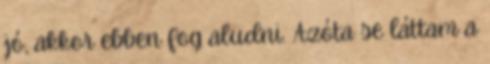
jó, akkor ebben fog aludni. Azóta se láttam a